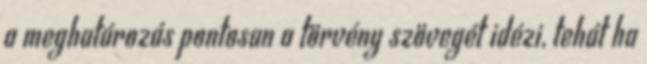
a meghatározás pontosan a törvény szövegét idézi, tehát ha